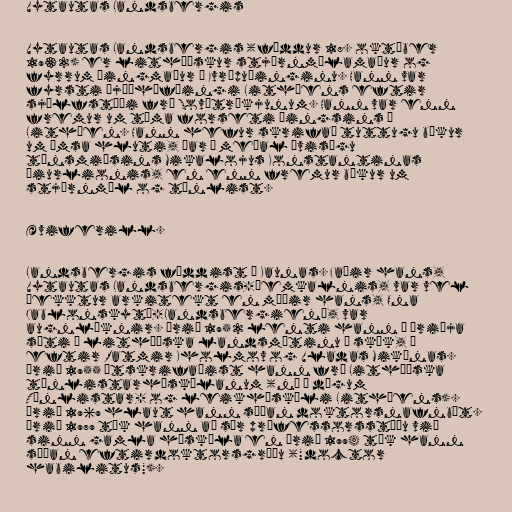
Vytautas Landsbergis

Vytautas Landsbergis (fæddur 18. október
1932) er litháískur stjórnmálamaður og
fyrrum þingmaður á Evrópuþinginu. Hann var
fyrsti þjóðhöfðingi Litháens eftir
sjálfstæði frá Sovétríkjunum. Hann var enn
fremur um tíma forseti þingsins í
Litháen. Hann hefur skrifað tuttugu bækur
um ýmsa hluti, þar á meðal ævisögu
tónsmiðsins Mikalojus Konstantinas
Čiurlionis, en enn fremur bækur um
stjórnmál og tónlist.

Æviferill.

Landsbergis fæddist í Kaunas. Faðir hans,
Vytautas Landsbergis-Žemkalnis, var vel
þekktur arkitekt en móðir hans, Ona
Jablonskytė-Landsbergienė, var
augnlæknir. Árið 1952 lenti hann í þriðja
sæti í litháíska landsmótinu í skák, á
eftir Ratmir Kholmov og Vladas Mikėnas.
Árið 1955 útskrifaðist hann frá Litháíska
tónlistarháskólanum (nú á dögum
Tónlistar- og leikháskóli Litháens).
Árið 1969 hlaut hann síðan doktorsnafnbót.
Árið 1979 tók hann að sér prófessorsstöðu við
sinn gamla háskóla en árið 1994 tók hann
síðan eftirdoktorsgráðu ("doctor
habilitus").